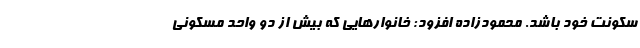
سکونت خود باشد. محمودزاده افزود: خانوارهایی که بیش از دو واحد مسکونی